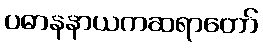
ပဓာနနာယကဆရာတော်